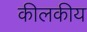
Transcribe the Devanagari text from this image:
कीलकीय